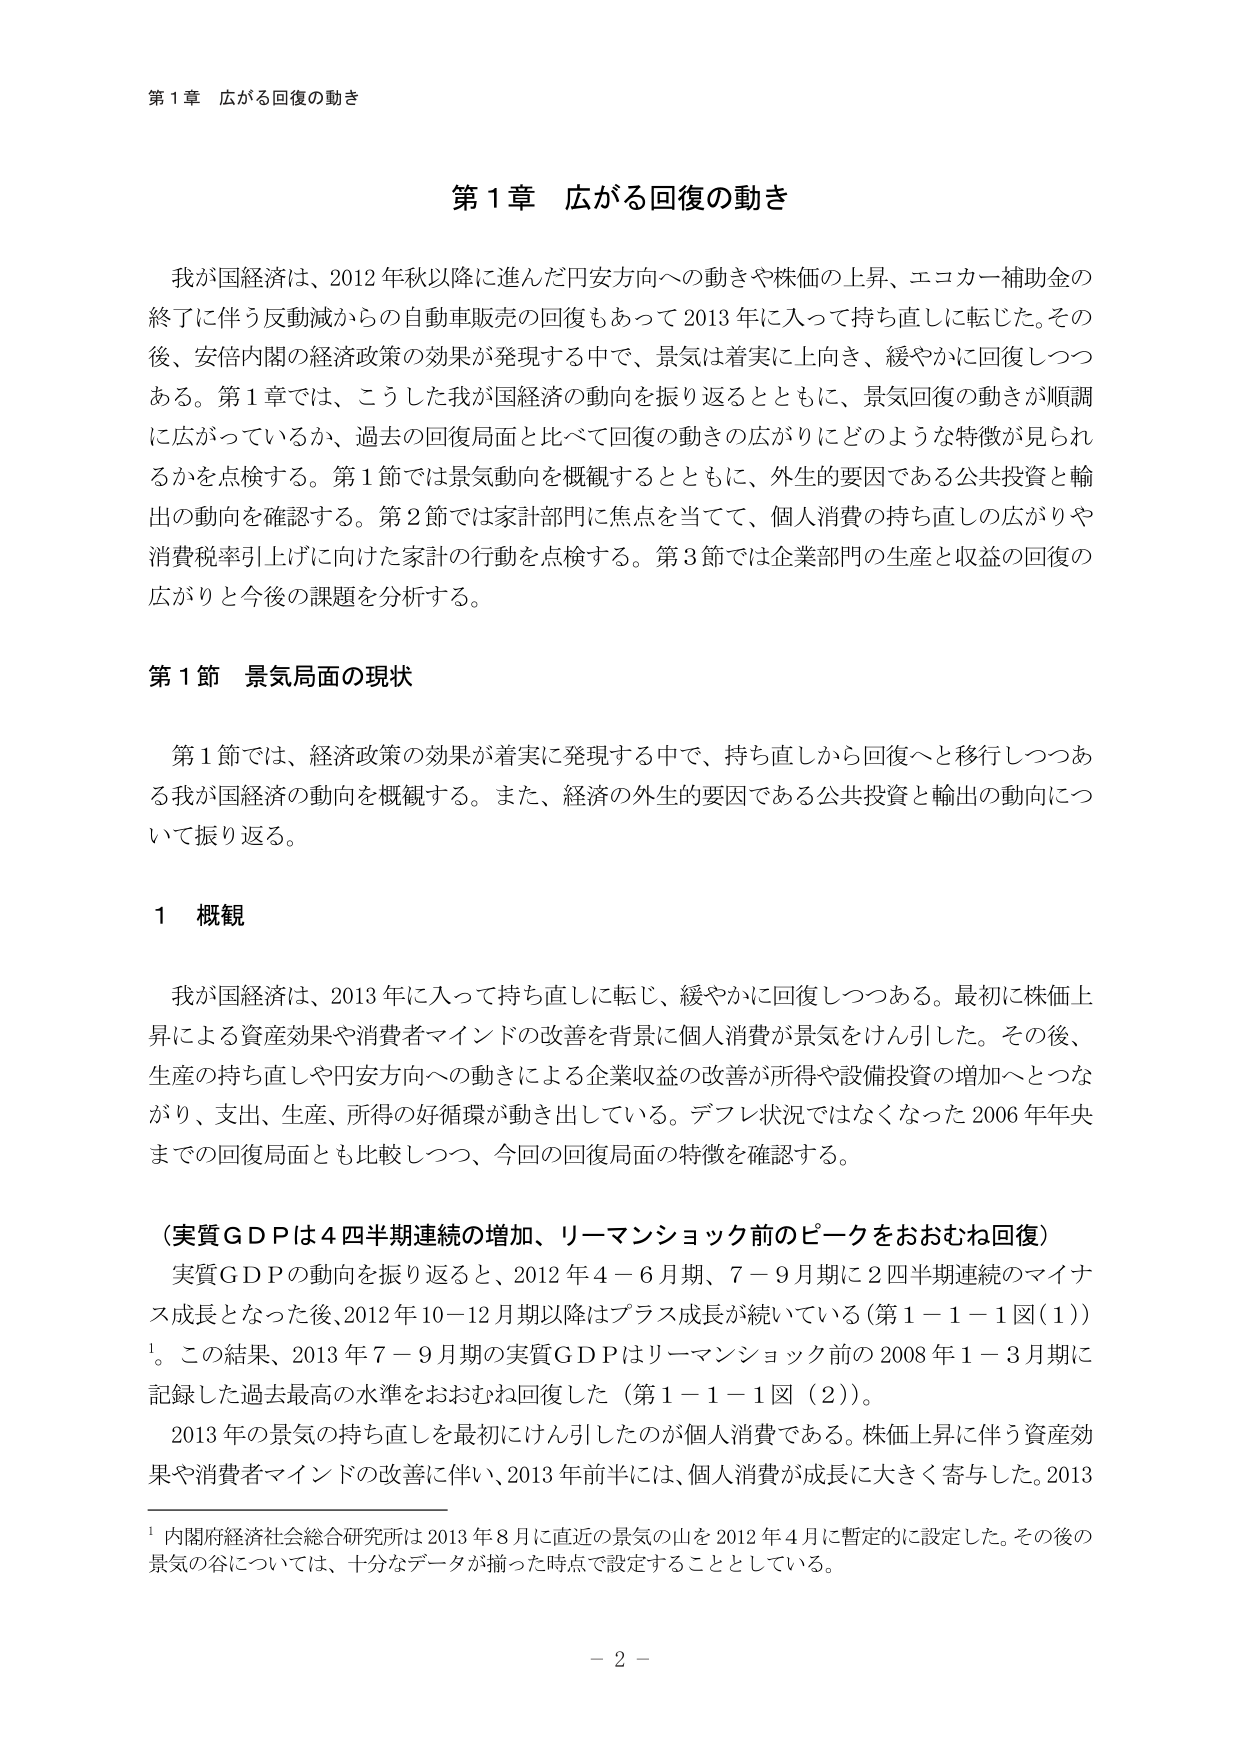
第１章 広がる回復の動き

第１章 広がる回復の動き

我が国経済は、2012年秋以降に進んだ円安方向への動きや株価の上昇、エコカー補助金の終了に伴う反動減からの自動車販売の回復もあって2013年に入って持ち直しに転じた。その後、安倍内閣の経済政策の効果が発現する中で、景気は着実に上向き、緩やかに回復しつつある。第１章では、こうした我が国経済の動向を振り返るとともに、景気回復の動きが順調に広がっているか、過去の回復局面と比べて回復の動きの広がりにどのような特徴が見られるかを点検する。第１節では景気動向を概観するとともに、外生的要因である公共投資と輸出の動向を確認する。第２節では家計部門に焦点を当てて、個人消費の持ち直しの広がりや消費税率引上げに向けた家計の行動を点検する。第３節では企業部門の生産と収益の回復の広がりと今後の課題を分析する。

第１節 景気局面の現状

第１節では、経済政策の効果が着実に発現する中で、持ち直しから回復へと移行しつつある我が国経済の動向を概観する。また、経済の外生的要因である公共投資と輸出の動向について振り返る。

１ 概観

我が国経済は、2013年に入って持ち直しに転じ、緩やかに回復しつつある。最初に株価上昇による資産効果や消費者マインドの改善を背景に個人消費が景気をけん引した。その後、生産の持ち直しや円安方向への動きによる企業収益の改善が所得や設備投資の増加へとつながり、支出、生産、所得の好循環が動き出している。デフレ状況ではなくなった2006年年央までの回復局面とも比較しつつ、今回の回復局面の特徴を確認する。

（実質ＧＤＰは４四半期連続の増加、リーマンショック前のピークをおおむね回復）

実質ＧＤＰの動向を振り返ると、2012年４－６月期、７－９月期に２四半期連続のマイナス成長となった後、2012年10－12月期以降はプラス成長が続いている（第１－１－１図（１））¹。この結果、2013年７－９月期の実質ＧＤＰはリーマンショック前の2008年１－３月期に記録した過去最高の水準をおおむね回復した（第１－１－１図（２））。

2013年の景気の持ち直しを最初にけん引したのが個人消費である。株価上昇に伴う資産効果や消費者マインドの改善に伴い、2013年前半には、個人消費が成長に大きく寄与した。2013

¹ 内閣府経済社会総合研究所は2013年８月に直近の景気の山を2012年４月に暫定的に設定した。その後の景気の谷については、十分なデータが揃った時点で設定することとしている。

－ 2 －